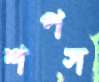
শপস